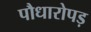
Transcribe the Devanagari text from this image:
पौधारोपड़